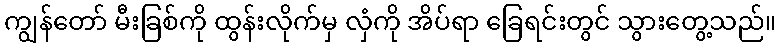
ကျွန်တော် မီးခြစ်ကို ထွန်းလိုက်မှ လှံကို အိပ်ရာ ခြေရင်းတွင် သွားတွေ့သည်။